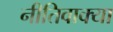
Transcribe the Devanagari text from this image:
नीतिवाक्या